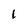
Character: 1